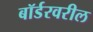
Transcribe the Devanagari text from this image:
बॉर्डरवरील